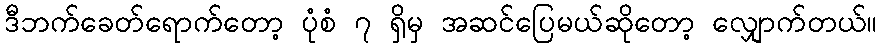
ဒီဘက်ခေတ်ရောက်တော့ ပုံစံ ၇ ရှိမှ အဆင်ပြေမယ်ဆိုတော့ လျှောက်တယ်။